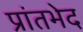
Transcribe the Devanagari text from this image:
प्रांतभेद